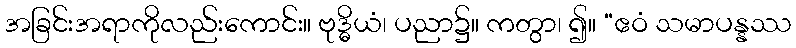
အခြင်းအရာကိုလည်းကောင်း။ ဗုဒ္ဓိယံ၊ ပညာ၌။ ကတွာ၊ ၍။ “ဧဝံ သမာပန္နဿ